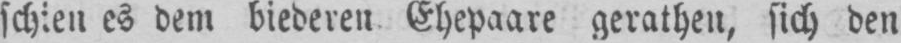
schien es dem biederen Ehepaare gerathen, sich den